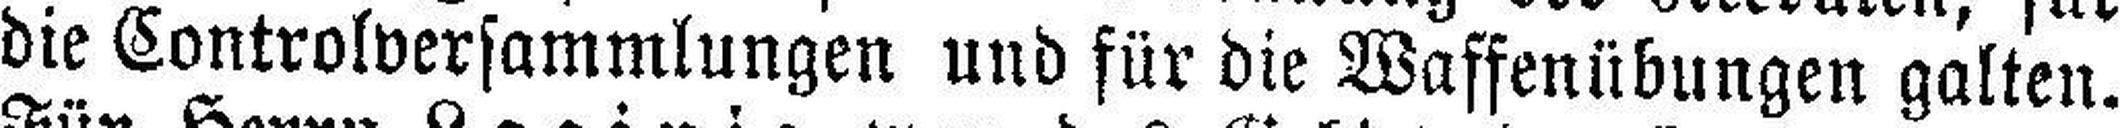
die Controlversammlungen und für die Waffenübungen galten.